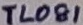
Text: TL081